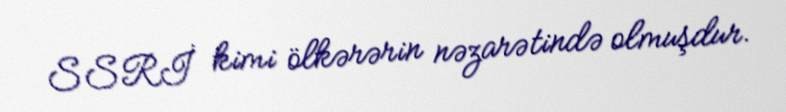
SSRİ kimi ölkərərin nəzarətində olmuşdur.